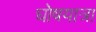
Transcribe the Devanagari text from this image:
घोषयात्रा